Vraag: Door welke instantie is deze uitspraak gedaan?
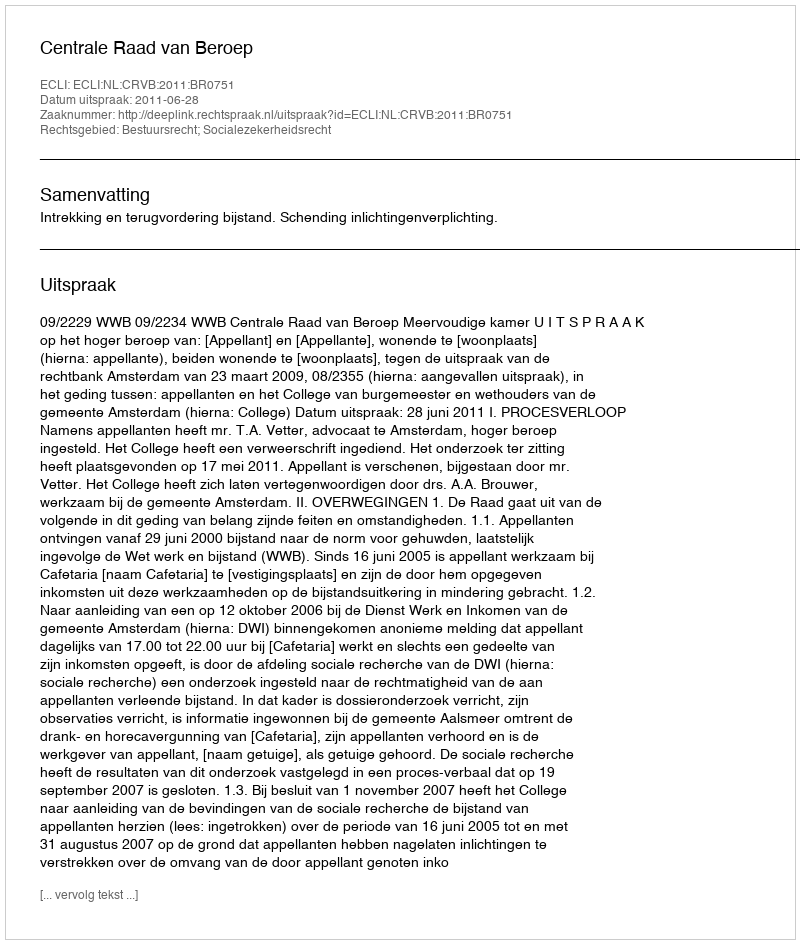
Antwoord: Centrale Raad van Beroep